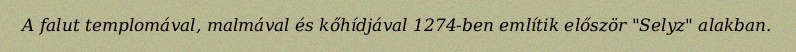
A falut templomával, malmával és kőhídjával 1274-ben említik először "Selyz" alakban.